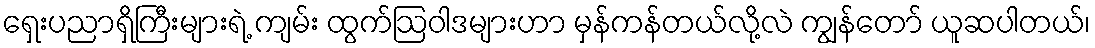
ရှေးပညာရှိကြီးများရဲ့ ကျမ်း ထွက်ဩဝါဒများဟာ မှန်ကန်တယ်လို့လဲ ကျွန်တော် ယူဆပါတယ်၊